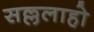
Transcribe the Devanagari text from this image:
सल्ललाहो